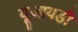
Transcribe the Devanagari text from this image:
यूआयडी